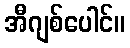
အီဂျစ်ပေါင်။